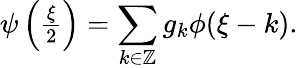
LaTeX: \begin{array}{r}{\psi\left(\frac{\xi}{2}\right)=\displaystyle\sum_{k\in\mathbb{Z}}g_{k}\phi(\xi-k).}\end{array}